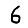
Digit: 6